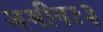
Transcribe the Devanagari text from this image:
जमीन१३